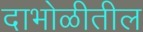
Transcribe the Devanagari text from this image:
दाभोळीतील